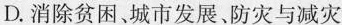
D.消除贫困、城市发展、防灾与减灾